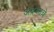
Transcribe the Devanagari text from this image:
अद्रकाचे